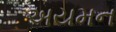
અયમન